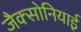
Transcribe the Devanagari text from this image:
जैक्सोनियाई